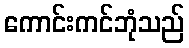
ကောင်းကင်ဘုံသည်